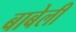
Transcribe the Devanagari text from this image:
बाबेली